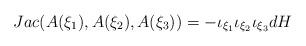
LaTeX: \begin{align*}Jac ( A(\xi_1),A(\xi_2),A(\xi_3))= - \iota_{\xi_1 }\iota_{\xi_2 }\iota_{\xi_3 }d H\end{align*}